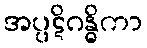
အပ္ပဋိဂန္ဓိကာ